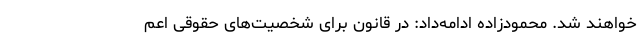
خواهند شد. محمودزاده ادامه‌داد: در قانون برای شخصیت‌های حقوقی اعم